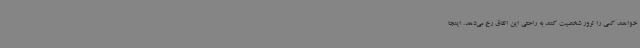
خواهند کسی را ترور شخصیت کنند به راحتی این اتفاق رخ می‌دهد. اینجا